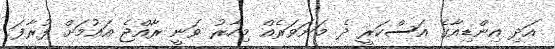
އަދި އިންޑިއާގެ އަސްކަރީ ދެ މަނަވަރެއް މިހާރު ވަނީ ރާއްޖެ އައުމަށް ފުރާފަ